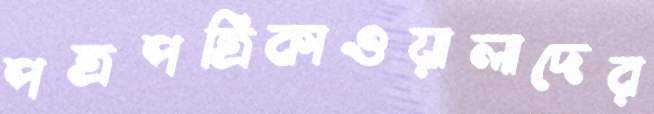
পত্রপত্রিকাওয়ালাদের